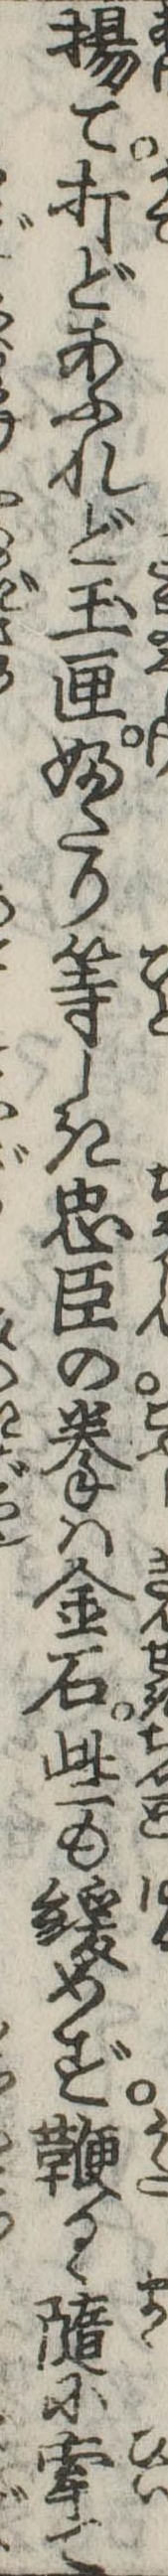
揚て打どあふれど玉匣ふたり等しき忠臣の拳は金石些も緩めず鞭るゝ随に牽て